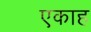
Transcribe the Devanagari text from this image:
एकाह